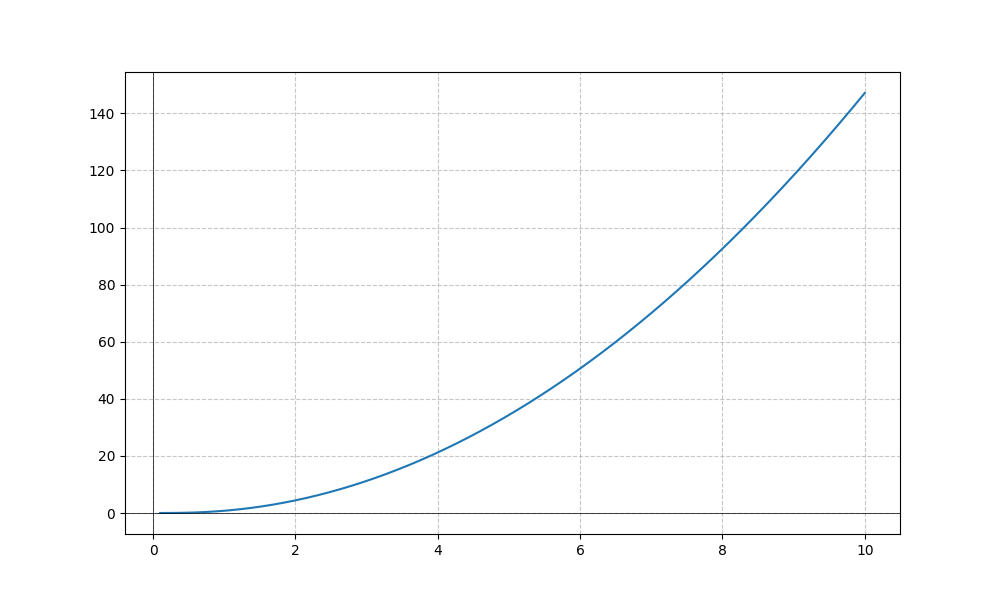
LaTeX formula: x^{2} \operatorname{atan}{\left(x \right)}